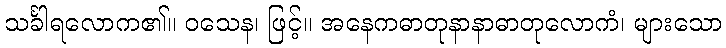
သင်္ခါရလောက၏။ ဝသေန၊ ဖြင့်။ အနေကဓာတုနာနာဓာတုလောကံ၊ များသော